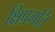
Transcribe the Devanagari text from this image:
क्षिप्रगति